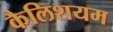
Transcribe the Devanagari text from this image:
कैलिशयम